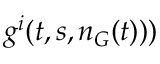
g ^ { i } ( t , s , n _ { G } ( t ) ) )